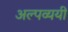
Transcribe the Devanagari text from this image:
अल्पव्ययी